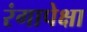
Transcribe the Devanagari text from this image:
रंगापेक्षा